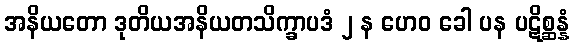
အနိယတော ဒုတိယအနိယတသိက္ခာပဒံ ၂ န ဟေဝ ခေါ ပန ပဋိစ္ဆန္နံ